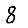
Digit: 8